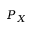
P _ { X }